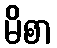
မိစာ